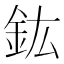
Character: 鈜